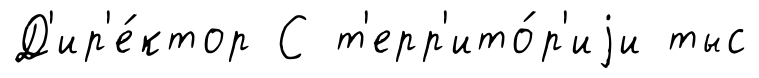
Д'ир'е́ктор С т'ерр'ито́р'иjи тыс